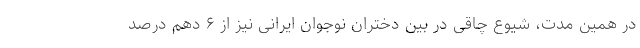
در همین مدت، شیوع چاقی در بین دختران نوجوان ایرانی نیز از ۶ دهم درصد